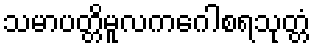
သမာပတ္တိမူလကဂေါစရသုတ္တံ